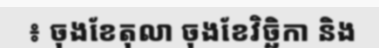
៖ ចុងខែតុលា ចុងខែវិច្ឆិកា និង